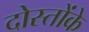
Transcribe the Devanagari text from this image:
दोस्तोंके